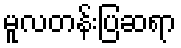
မူလတန်းပြဆရာ